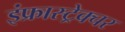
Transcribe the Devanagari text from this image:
इंफ्रास्ट्रेक्चर